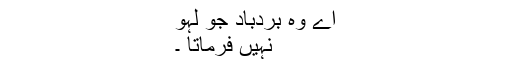
اے وہ بردباد جو لہو
نہیں فرماتا ۔